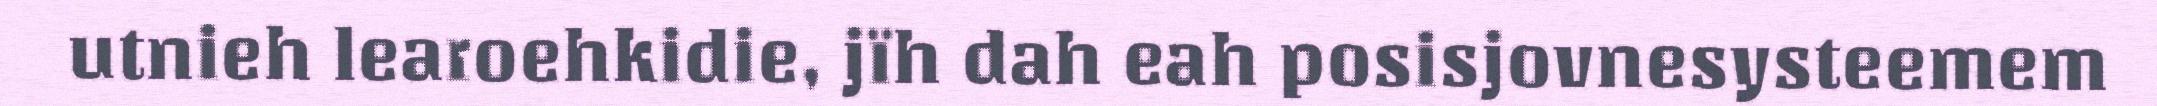
utnieh learoehkidie, jïh dah eah posisjovnesysteemem